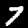
Digit: 7